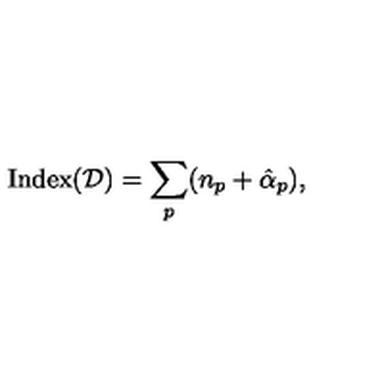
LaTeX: \mathrm { I n d e x } ( { \cal D } ) = \sum _ { p } ( n _ { p } + \hat { \alpha } _ { p } ) ,